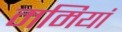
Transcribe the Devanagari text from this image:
ममियां